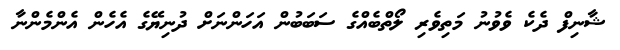
ޝާނިފް ދެކެ ވެވުނު މަތިވެރި ލޯތްބެއްގެ ސަބަބުން އަހަންނަށް ދުނިޔޭގެ އެހެން އެންމެންނާ